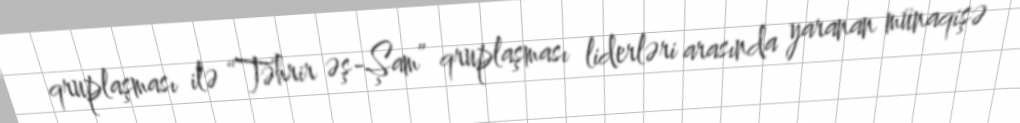
qruplaşması ilə “Təhrir əş-Şam” qruplaşması liderləri arasında yaranan münaqişə